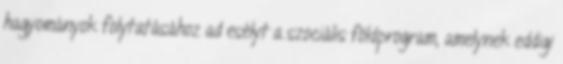
hagyományok folytatásához ad esélyt a szociális földprogram, amelynek eddigi